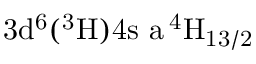
\mathrm { 3 d ^ { 6 } ( ^ { 3 } H ) 4 s \ a \, ^ { 4 } H _ { 1 3 / 2 } }